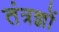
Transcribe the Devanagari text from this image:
तंत्रज्ञों